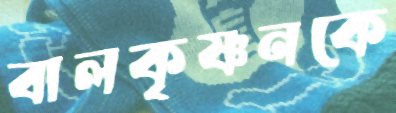
বালকৃষ্ণনকে